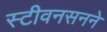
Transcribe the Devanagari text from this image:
स्टीवनसनने